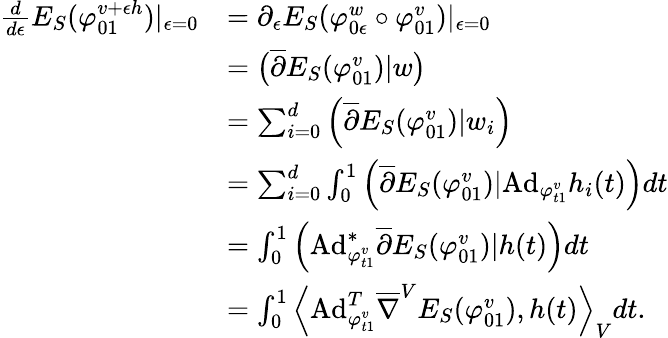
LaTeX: \begin{array}{rl}{\frac{d}{d\epsilon}E_{S}(\varphi_{01}^{v+\epsilon h})|_{\epsilon=0}}&{=\partial_{\epsilon}E_{S}(\varphi_{0\epsilon}^{w}\circ\varphi_{01}^{v})|_{\epsilon=0}}\\ &{=\big(\overline{{\partial}}E_{S}(\varphi_{01}^{v})|w\big)}\\ &{=\sum_{i=0}^{d}\Big(\overline{{\partial}}E_{S}(\varphi_{01}^{v})|w_{i}\Big)}\\ &{=\sum_{i=0}^{d}\int_{0}^{1}\Big(\overline{{\partial}}E_{S}(\varphi_{01}^{v})|\mathrm{Ad}_{\varphi_{t1}^{v}}h_{i}(t)\Big)dt}\\ &{=\int_{0}^{1}\Big(\mathrm{Ad}_{\varphi_{t1}^{v}}^{\ast}\overline{{\partial}}E_{S}(\varphi_{01}^{v})|h(t)\Big)dt}\\ &{=\int_{0}^{1}\left\langle\mathrm{Ad}_{\varphi_{t1}^{v}}^{T}\overline{{\nabla}}^{V}E_{S}(\varphi_{01}^{v}),h(t)\right\rangle_{V}dt.}\end{array}